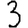
Digit: 3